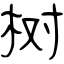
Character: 树